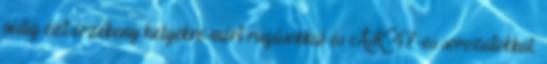
pedig ezt érzékeny helyekre mért rúgásokkal és AK-47-es sorozatokkal.